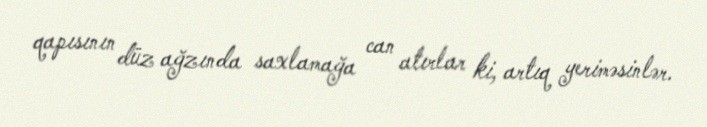
qapısının düz ağzında saxlamağa can atırlar ki, artıq yeriməsinlər.